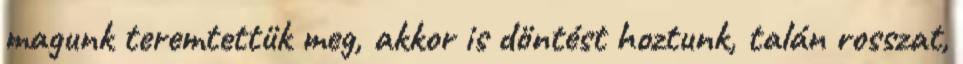
magunk teremtettük meg, akkor is döntést hoztunk, talán rosszat,